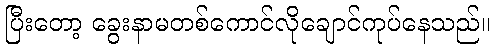
ပြီးတော့ ခွေးနာမတစ်ကောင်လိုချောင်ကုပ်နေသည်။